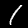
Label: 1